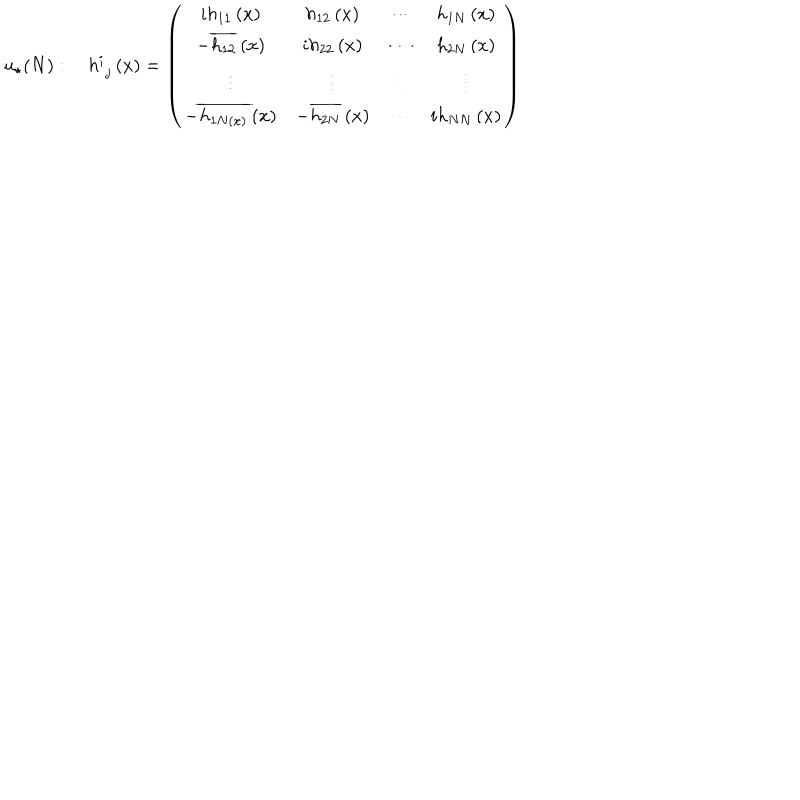
LaTeX: u _ { \star } ( N ) : \quad h _ { \, \, j } ^ { i } \left( x \right) = \left( \begin{array} { c c c c } { { i h _ { 1 1 } \left( x \right) } } & { { h _ { 1 2 } \left( x \right) } } & { { \cdots } } & { { h _ { 1 N } \left( x \right) } } \\ { { - \overline { { { h _ { 1 2 } } } } \left( x \right) } } & { { i h _ { 2 2 } \left( x \right) } } & { { \cdots } } & { { h _ { 2 N } \left( x \right) } } \\ { { \vdots } } & { { \vdots } } & { { \ddots } } & { { \vdots } } \\ { { - \overline { { { h _ { 1 N \left( x \right) } } } } \left( x \right) } } & { { - \overline { { { h _ { 2 N } } } } \left( x \right) } } & { { \cdots } } & { { i h _ { N N } \left( x \right) } } \\ \end{array} \right)